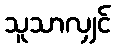
သူသာလျှင်